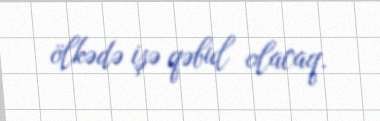
ölkədə işə qəbul olacaq.